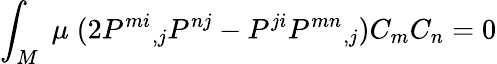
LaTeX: \int_{M}\; \mu\; (2P^{mi}{}_{,j}P^{nj}-P^{ji}P^{mn}{}_{,j})C_{m}C_{n}=0